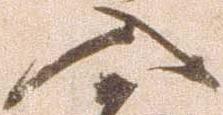
入